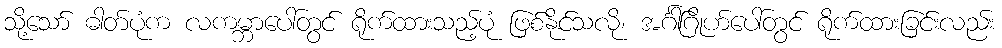
သို့သော် ဓါတ်ပုံက လကမ္ဘာပေါ်တွင် ရိုက်ထားသည့်ပုံ ဖြစ်နိုင်သလို၊ အင်္ဂါဂြိုဟ်ပေါ်တွင် ရိုက်ထားခြင်းလည်း